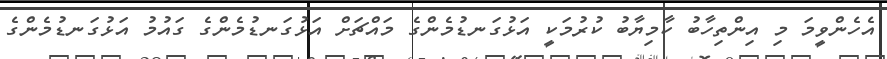
އެހެންވީމަ މި އިންތިހާބު ކާމިޔާބު ކުރުމަކީ އަޅުގަނޑުމެންގެ މައްޗަށް އަޅުގަނޑުމެންގެ ގައުމު އަޅުގަނޑުމެންގެ